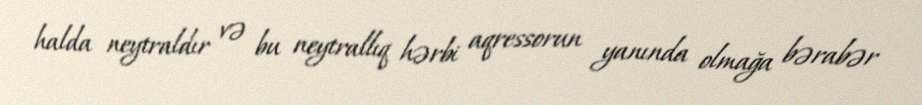
halda neytraldır və bu neytrallıq hərbi aqressorun yanında olmağa bərabər